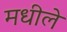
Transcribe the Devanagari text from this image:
मधीले